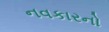
નવકારનો